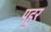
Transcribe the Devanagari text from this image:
पहुर